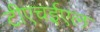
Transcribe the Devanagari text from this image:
टीएचईएल